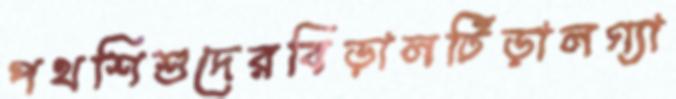
পথশিশুদেরবিড়ালটিড়ালগ্যা